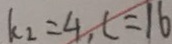
k _ { 2 } = 4 , c = 1 6